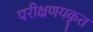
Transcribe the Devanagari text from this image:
परीक्षणयकृत